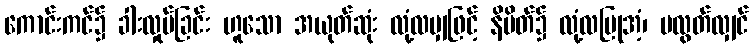
ကောင်းကင်၌ ခါးလှုပ်ခြင်း ဟူသော အယုတ်ဆုံး လုံ့လမျှဖြင့် နိမိတ်၌ လုံ့လပြုအံ့၊ မလွတ်လျှင်